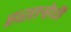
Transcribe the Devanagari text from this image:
हरतर्‍हेची